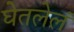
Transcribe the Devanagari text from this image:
घेतलेलं